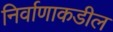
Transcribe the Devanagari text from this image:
निर्वाणाकडील